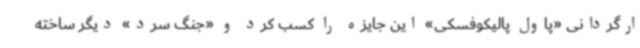
ارگردانی «پاول پالیکوفسکی» این جایزه را کسب کرد و «جنگ سرد» دیگر ساخته